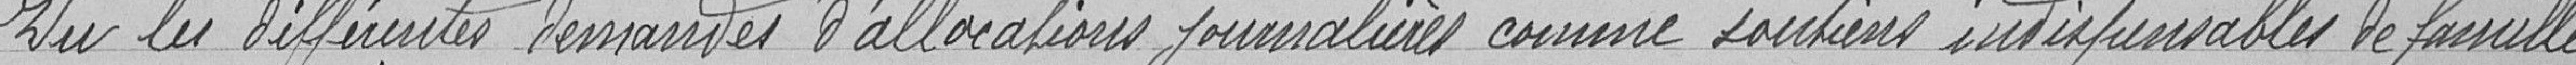
Vu les différentes demandes d'allocations journalières comme soutiens indispensables de famille